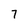
Character: 7